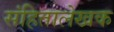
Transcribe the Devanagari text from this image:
संहितालेखक